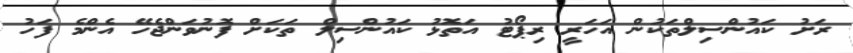
ރަށު ކައުންސިލްތަކުން އަހަރީ ރިޕޯޓު އަތޮޅު ކައުންސިލް ތަކަށް ފޮނުވަންޖެހޭ އެންމެ ފަހު